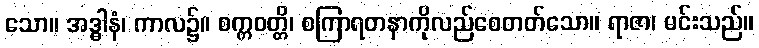
သော။ အဒ္ဓါနံ၊ ကာလ၌။ စက္ကဝတ္တိ၊ စကြာရတနာကိုလည်စေတတ်သော။ ရာဇာ၊ မင်းသည်။